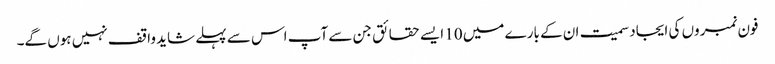
فون نمبروں کی ایجاد سمیت ان کے بارے میں 10 ایسے حقائق جن سے آپ اس سے پہلے شاید واقف نہیں ہوں گے۔